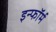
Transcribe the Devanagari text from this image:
इन्फॉर्म